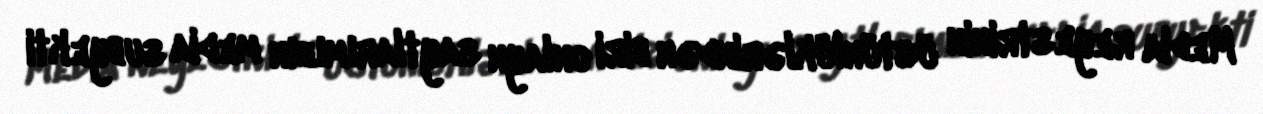
Media reyestrinin üstünlüklərindən biri onlayn saytlarımızın media subyekti